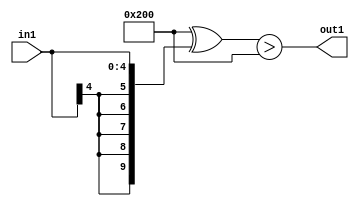
`timescale 1ps / 1ps
/*****************************************************************************
    Verilog RTL Description
    
    
    Created by: Stratus DpOpt 21.05.01 
*******************************************************************************/

module dut_GreaterThan_1U_15_4 (
	in1,
	out1
	); /* architecture "behavioural" */ 
input [4:0] in1;
output  out1;
wire  asc001;

assign asc001 = ((10'B1000000000 ^ {{5{in1[4]}}, in1})>(10'B1000000000 ^ 10'B0000000000));

assign out1 = asc001;
endmodule

/* CADENCE  ubP4Sgg= : u9/ySxbfrwZIxEzHVQQV8Q== ** DO NOT EDIT THIS LINE ******/